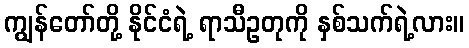
ကျွန်တော်တို့ နိုင်ငံရဲ့ ရာသီဥတုကို နှစ်သက်ရဲ့လား။